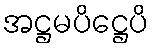
အဋ္ဌမပိဋ္ဌေပိ